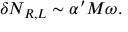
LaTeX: \delta N _ { R , L } \sim \alpha ^ { \prime } M \omega .